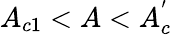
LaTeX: A_{c1}<A<A_{c}^{'}